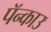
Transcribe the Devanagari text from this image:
पॅन्काउ